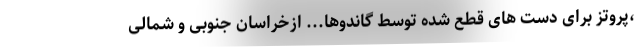
،پروتز برای دست های قطع شده توسط گاندوها... ازخراسان جنوبی و شمالی